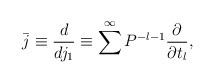
\begin{align*}\bar{j}\equiv \frac{d}{dj_{1}}\equiv \sum^{\infty}P^{-l-1}\frac{\partial}{\partial t_{l}},\end{align*}